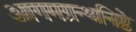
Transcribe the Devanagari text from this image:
आगमग्रन्थनिष्ठे